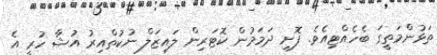
ތަޅުންމަތީގަ ބެހެއްޓިއެވެ. ފޮށި ދަމަމުން ކޮޓަރިން ލައިޒަލް ނުކުތްއިރު އުޝާ ހުރީ އެ